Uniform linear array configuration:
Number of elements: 24
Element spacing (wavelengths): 0.75
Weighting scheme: blackman
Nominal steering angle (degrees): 30
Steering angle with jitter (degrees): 30.197
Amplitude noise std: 0.05
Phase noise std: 0.05

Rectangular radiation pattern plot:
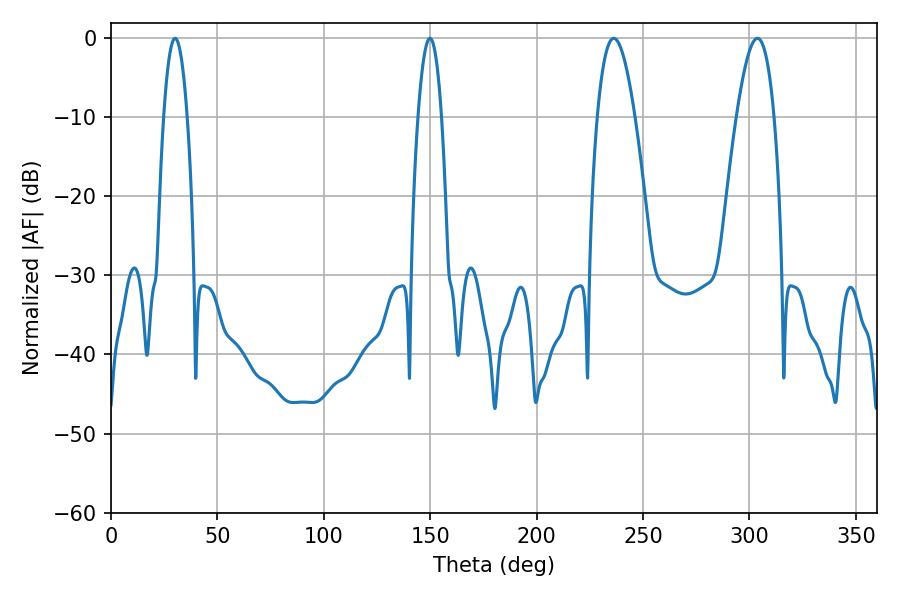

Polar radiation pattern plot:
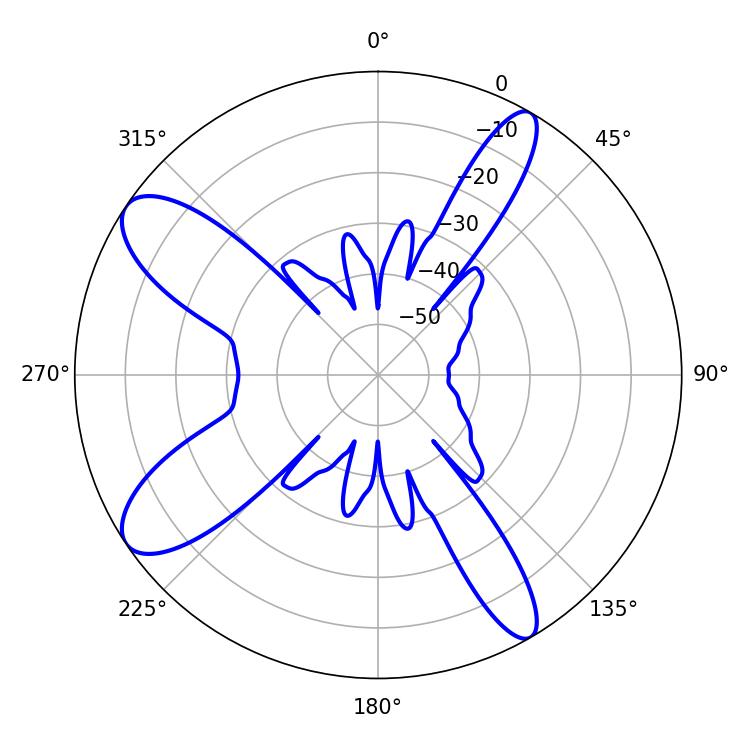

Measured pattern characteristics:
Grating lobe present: TRUE
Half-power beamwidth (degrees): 9.72
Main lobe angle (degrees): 236.16